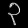
Digit: ၃